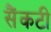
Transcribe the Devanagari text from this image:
सैंकटी